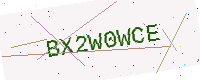
Text: BX2W0WCE